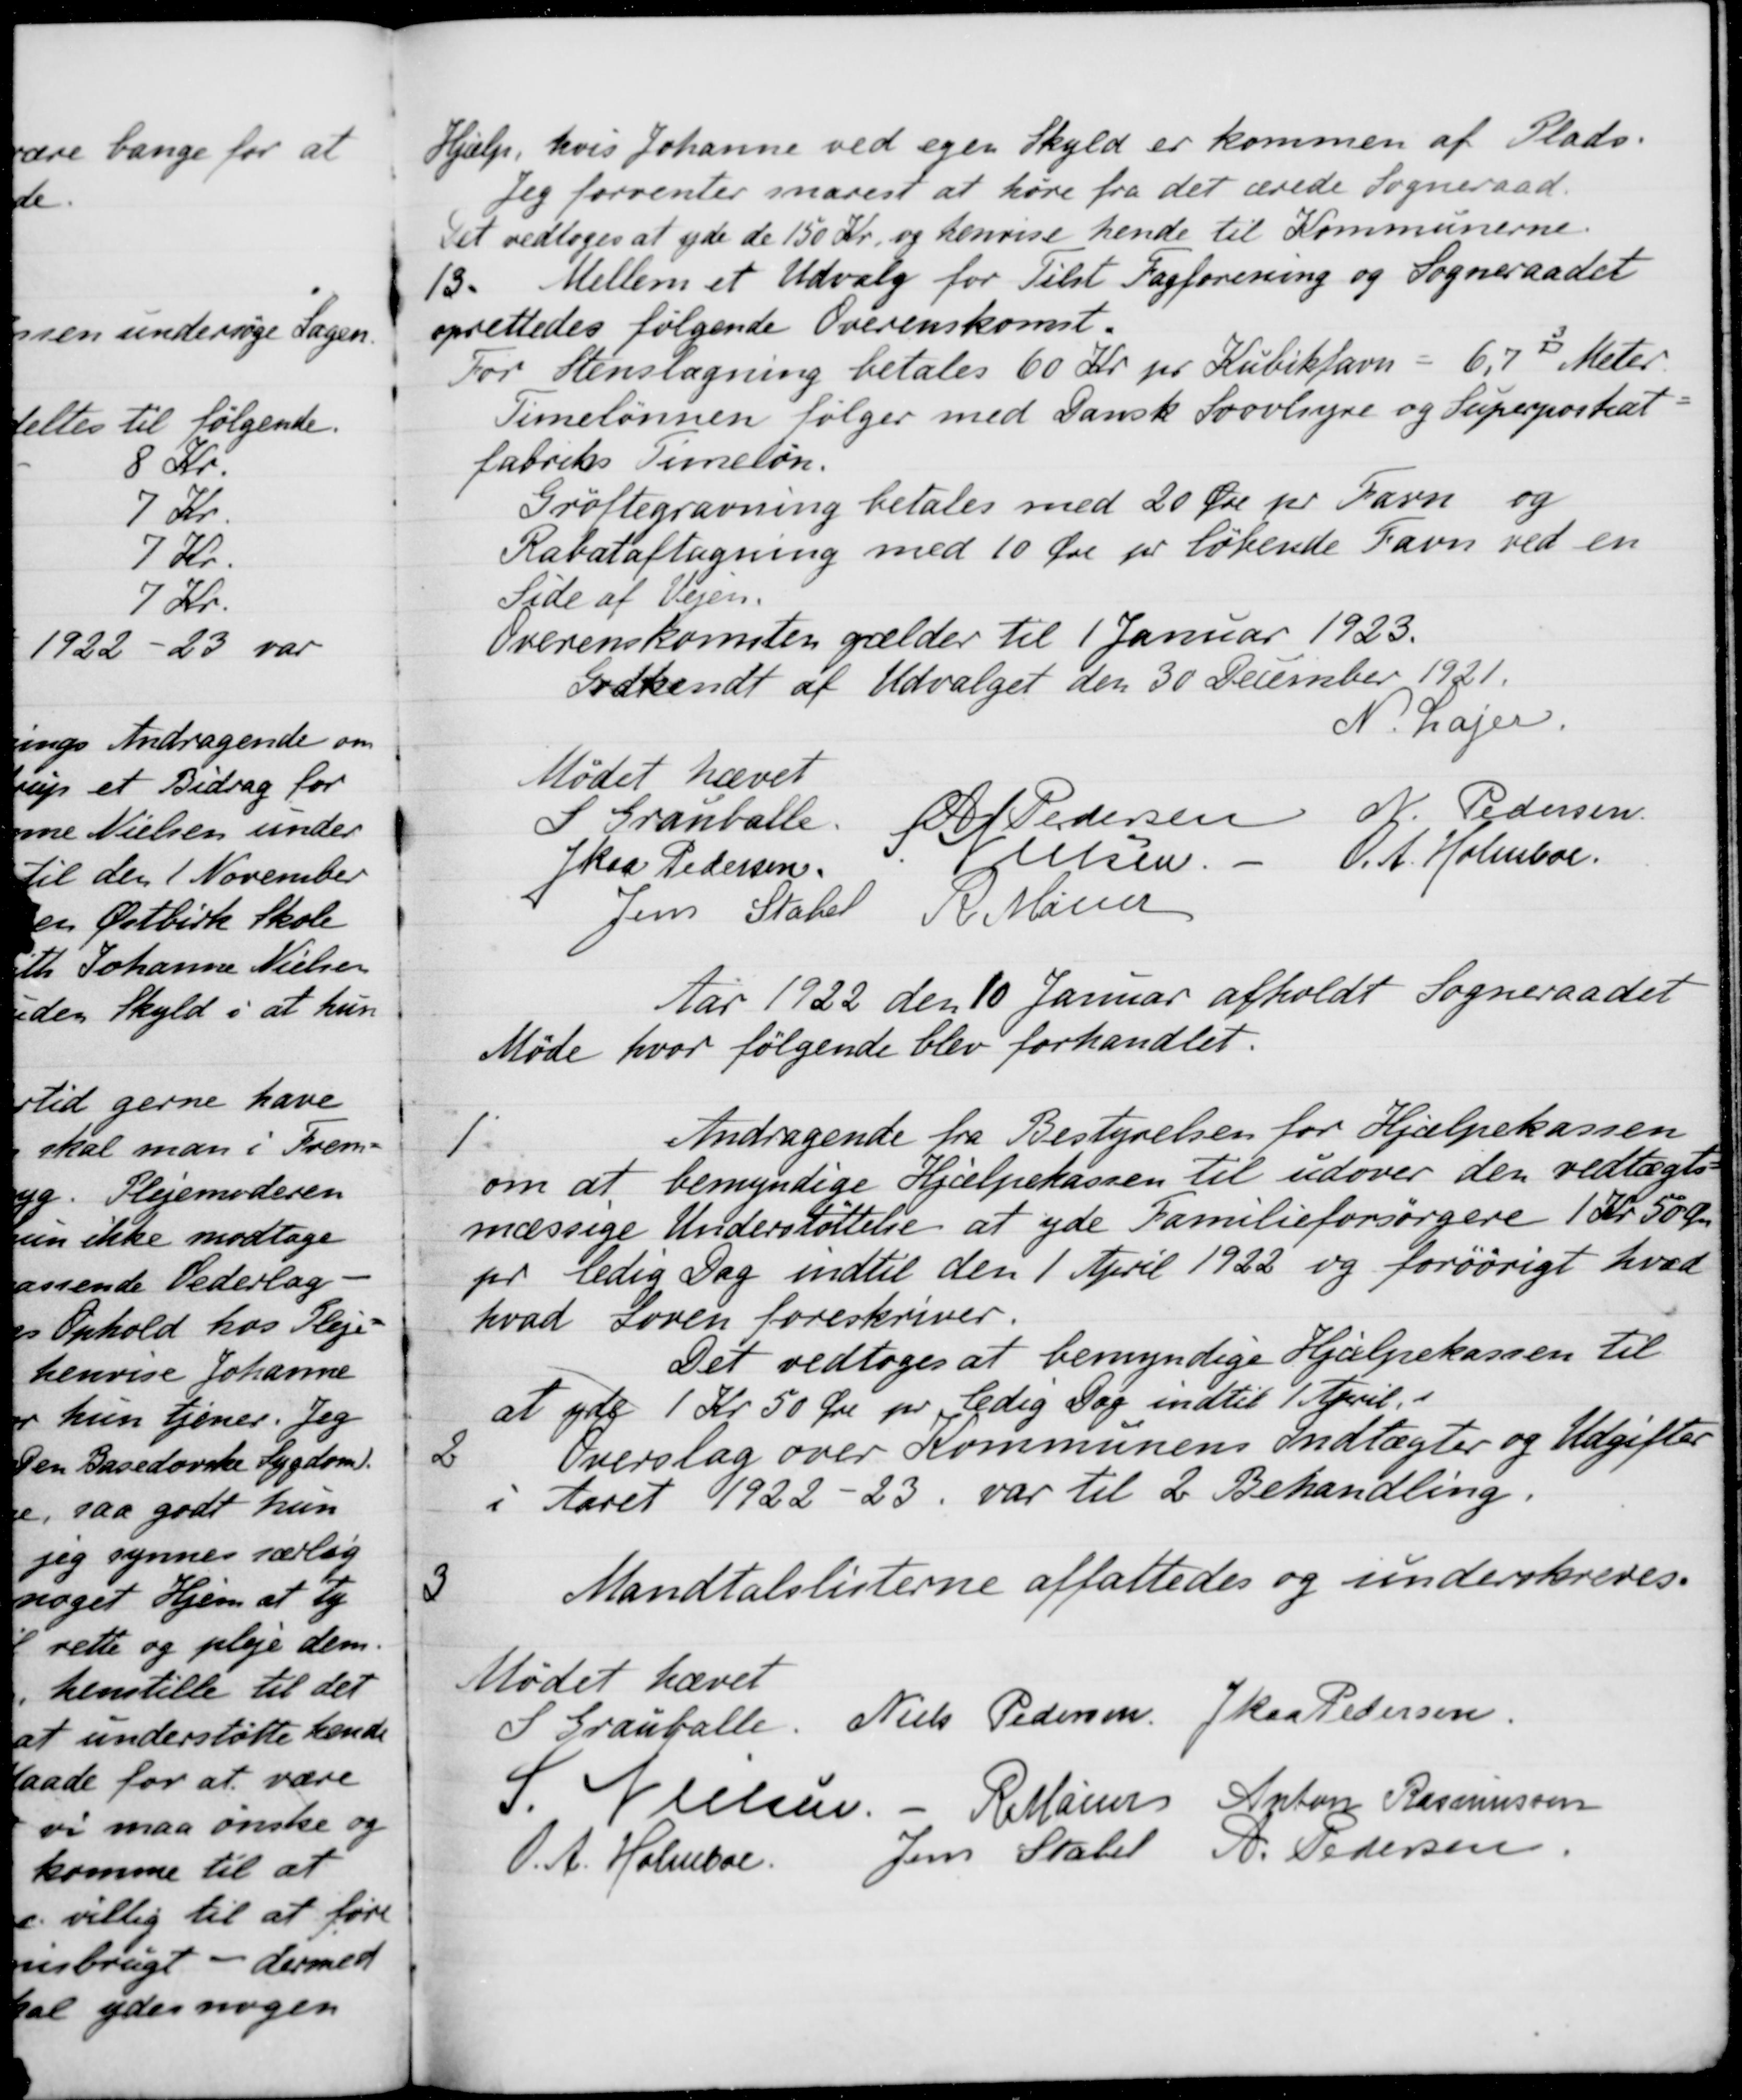
Transskription:
Hjælp, hvis Johanne ved egen Skyld er kommen af Plads.
Jeg forventer snarest at høre fra det ærede Sogneraad.
Det vedtoges at yde de 150 kr. og henvise hende til Kommunerne.
13. 
Mellem et Udvalg for Tilst Fagforening og Sogneraadet
oprettedes følgende Overenskomst.
For Stenslagning betales 60 Kr pr Kubikfavn
6,7 kbk Meter.
Timelønnen følger med Dansk Svovlsyne og Superposhat-
fabriks Timeløn.
Grøftegravning betales med 20 Øre pr Favn og
Rabataftagning med 10 Øre pr løbende Favn ved en
Søde af Vejen.
Overenskomsten gælder til 1 Januar 1923.
Godkendt af Udvalget den 30 December 1921.
N. Lajer.
Mødet hævet
S Grauballe.
A. Pedersen
N. Pedersen
J Kaa Pedersen.
S. Nielsen.
 O. A. Holmboe.
Jens Stahel
R Maier
Aar 1922 den 10 Januar afholdt Sogneraadet
Møde hvor følgende blev forhandlet.
1.
Andragende fra Bestyrelsen for Hjælpekassen
om at bemyndige Hjælpekassen til udover den vedtægts-
mæssige Understøttelse at yde Familieforsørgere 1 Kr. 50 Øre
pr ledig Dag indtil den 1 April 1922 og forøvrigt hvad
hvad Loven foreskriver.
Det vedtoges at bemyndige Hjælpekassen til
at yde 1 Kr 50 Øre pr. ledig Dag indtil 1 April
2
Overslag over Kommunens Indtægter og Udgifter
i Aaret 1922-23 var til 2 Behandling.
3
Mandtalslisterne affattedes og underskreves.
Mødet hævet
S Grauballe
Niels Pedersen
J Kaa Pedersen.
S. Nielsen
R Mainz
Anton Rasmussen
O.A. Holmboe.
Jens Stabel
A. Pedersen